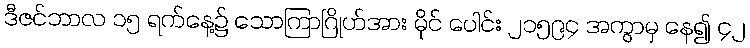
ဒီဇင်ဘာလ ၁၅ ရက်နေ့၌ သောကြာဂြိုဟ်အား မိုင် ပေါင်း ၂၁၅၉၄ အကွာမှ နေ၍ ၄၂